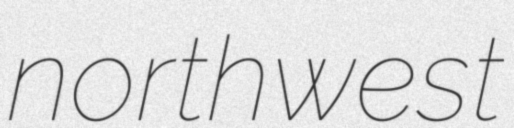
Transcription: northwest